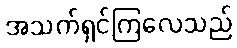
အသက်ရှင်ကြလေသည်